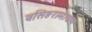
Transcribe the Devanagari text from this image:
वसिष्ठरामायण